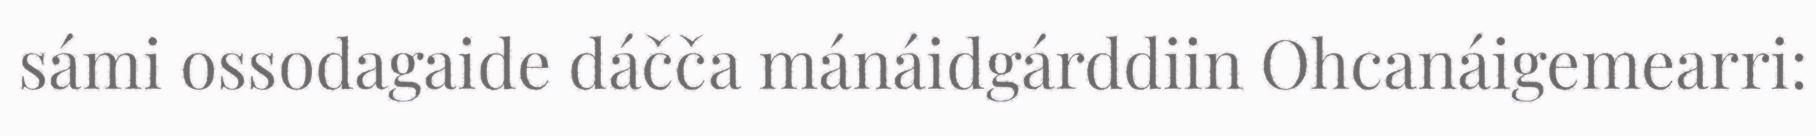
sámi ossodagaide dáčča mánáidgárddiin Ohcanáigemearri: